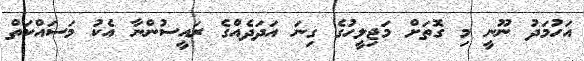
އަހުމަދު ނޫނީ މި ގޮތަށް މަޖިލީހުގެ ގިނަ އަދަދެއްގެ ރައީސުންނާ އެކު މަސައްކަތް